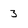
Character: 3